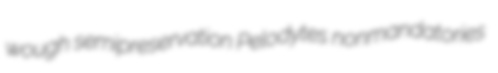
wough semipreservation Pelodytes nonmandatories